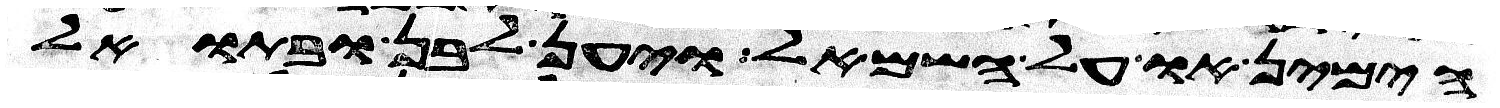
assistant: הימין או על השמאל ויען לבן ובתואל